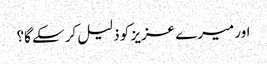
اور میرے عزیز کو ذلیل کر سکے گا؟